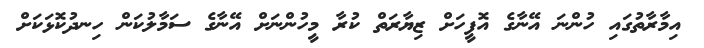
އިމާރާތުގައި ހުންނަ އޭނާގެ އޮފީހަށް ޒިޔާރަތް ކުރާ މީހުންނަށް އޭނާގެ ސަމާލުކަން ހިނދުކޮޅަކަށް